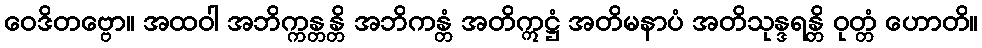
ဝေဒိတဗ္ဗော။ အထဝါ အဘိက္ကန္တန္တိ အဘိကန္တံ အတိဣဋ္ဌံ အတိမနာပံ အတိသုန္ဒရန္တိ ဝုတ္တံ ဟောတိ။